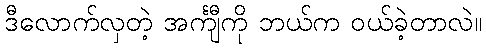
ဒီလောက်လှတဲ့ အင်္ကျီကို ဘယ်က ဝယ်ခဲ့တာလဲ။